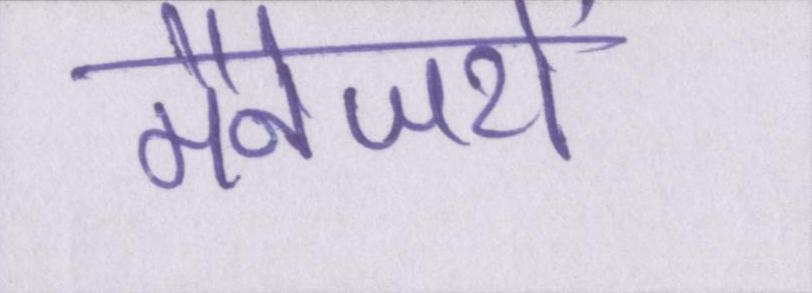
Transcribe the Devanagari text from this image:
मैनेजरों